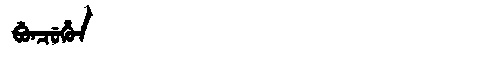
Manchu: ᠪᡠᠨᠴᡠᡥᡠᠨ
Romanization: BUNCUHUN